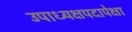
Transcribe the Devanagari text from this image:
उपाध्यक्षपदापेक्षा